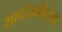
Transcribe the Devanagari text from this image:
सार्वजनीनता